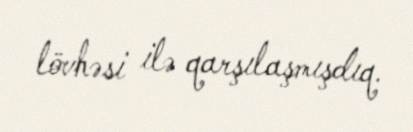
lövhəsi ilə qarşılaşmışdıq.